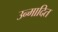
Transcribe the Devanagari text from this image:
उन्मादित